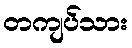
တကျပ်သား